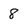
Character: 8